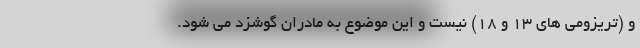
و (تریزومی های 13 و 18) نیست و این موضوع به مادران گوشزد می شود.